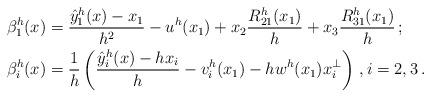
LaTeX: \begin{align*}\beta_1^h(x) &= \frac{\hat y_1^h(x) - x_1}{h^2} - u^h(x_1) + x_2\frac{R^h_{21}(x_1)}{h} + x_3\frac{R^h_{31}(x_1)}{h} \,;\\\beta_i^h(x) &= \frac{1}{h}\left(\frac{\hat y_i^h(x) - hx_i}{h} - v_i^h(x_1) - hw^h(x_1)x_i^\bot\right)\,,i=2,3\,.\end{align*}